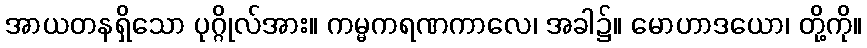
အာယတနရှိသော ပုဂ္ဂိုလ်အား။ ကမ္မကရဏကာလေ၊ အခါ၌။ မောဟာဒယော၊ တို့ကို။